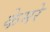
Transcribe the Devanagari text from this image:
केमरे